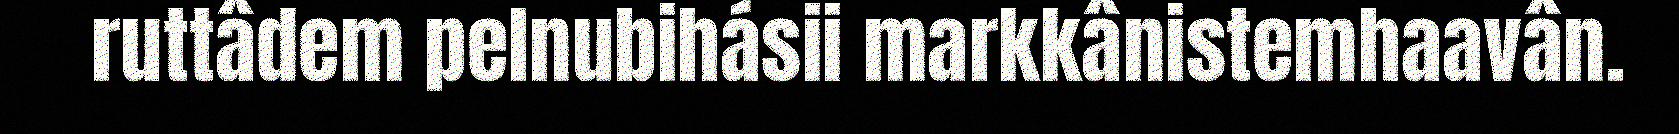
ruttâdem pelnubihásii markkânistemhaavân.